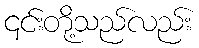
၎င်းတို့သည်လည်း